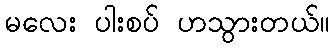
မလေး ပါးစပ် ဟသွားတယ်။